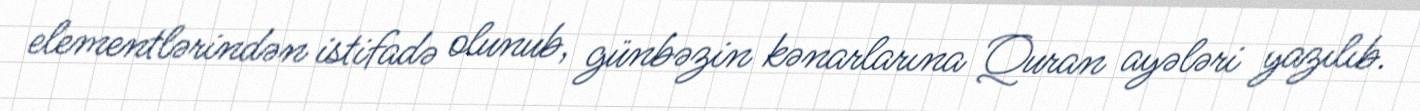
elementlərindən istifadə olunub, günbəzin kənarlarına Quran ayələri yazılıb.